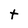
Character: t